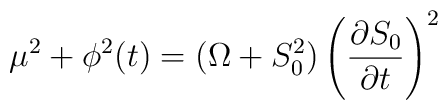
\mu^2 + \phi^2(t)=(\Omega +S_0^2) \left( {\partial S_0 \over \partial    t} \right)^2